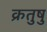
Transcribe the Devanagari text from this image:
क्रतुषु